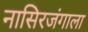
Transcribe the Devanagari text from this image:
नासिरजंगाला